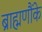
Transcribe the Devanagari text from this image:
ब्राह्मणौंके